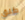
طلق